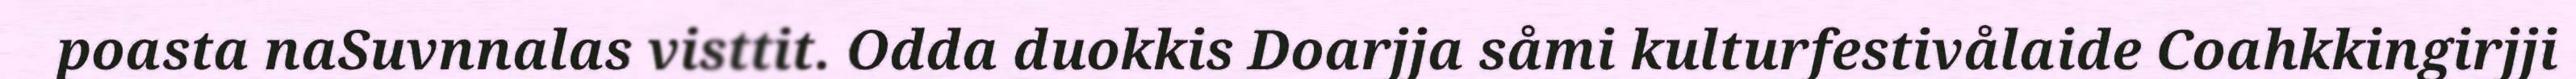
poasta naSuvnnalas visttit. Odda duokkis Doarjja såmi kulturfestivålaide Coahkkingirjji